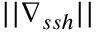
| | \nabla _ { s s h } | |